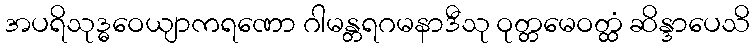
အပရိသုဒ္ဓဝေယျာကရဏော ဂါမန္တရဂမနာဒီသု ဝုတ္တမေဝတ္ထံ ဆိန္ဒာပေသိ